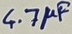
Text: 4.7µF